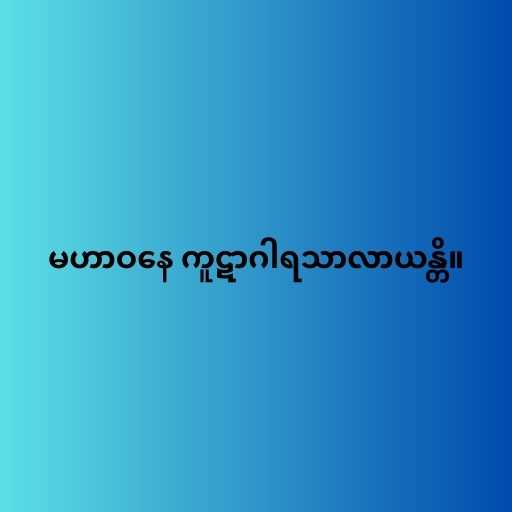
မဟာဝနေ ကူဋာဂါရသာလာယန္တိ။